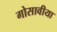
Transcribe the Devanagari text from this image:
गोसावीया